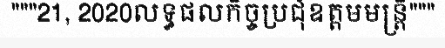
"""21, 2020លទ្ធផលកិច្ចប្រជុំឧត្តមមន្ត្រី"""